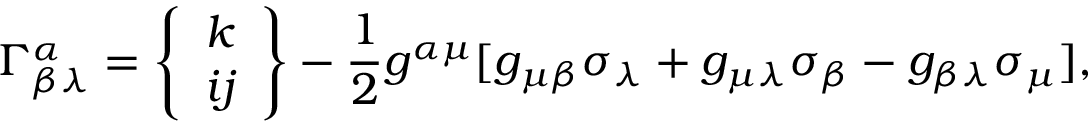
\Gamma _ { \beta \lambda } ^ { \alpha } = \left\{ \begin{array} { c } { k } \\ { i j } \end{array} \right\} - \frac { 1 } { 2 } g ^ { \alpha \mu } [ g _ { \mu \beta } \sigma _ { \lambda } + g _ { \mu \lambda } \sigma _ { \beta } - g _ { \beta \lambda } \sigma _ { \mu } ] ,